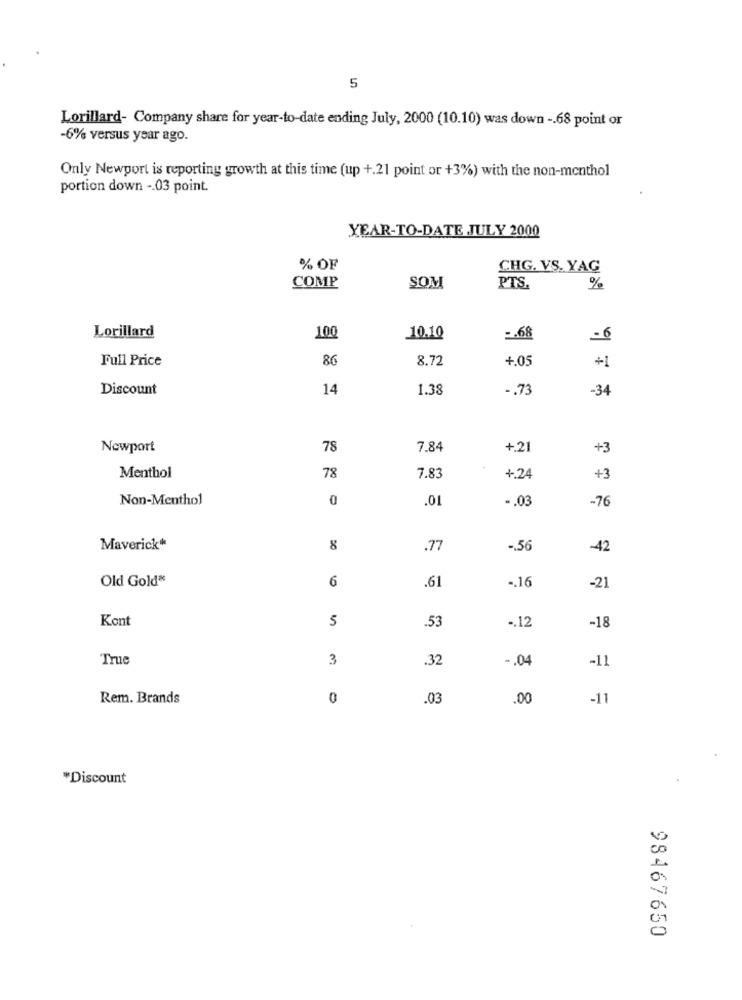
5
Lorillard- Company share for year-to-date ending July, 2000 (10.10) was down -. 68 point or
-6% versus year ago.
Only Newport is reporting growth at this time (up +.21 point or +3%) with the non-menthol
portion down -. 03 point.
YEAR-TO-DATE JULY 2000
% OF
CHG. VS. YAG
COMP
SOM
PTS.
%
Lorillard
100
10.10
=. 68
-6
Full Price
86
8.72
4.05
+1
Discount
14
1.38
-. 73
-34
Newport
78
7.84
+.21
+3
Menthol
78
7.83
+.24
+3
Non-Menthol
0
.01
-. 03
-76
Maverick
8
.77
-. 56
-42
Old Gold*
6
.. 16
.61
-21
Kont
5
.53
-. 12
-18
True
3
.32
-. 04
-11
Rem. Brands
0
.03
.00
-11
*Discount
1
0
98467650